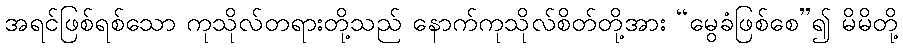
အရင်ဖြစ်ရစ်သော ကုသိုလ်တရားတို့သည် နောက်ကုသိုလ်စိတ်တို့အား “မွေခံဖြစ်စေ”၍ မိမိတို့